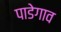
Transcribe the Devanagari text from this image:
पाडेगाव